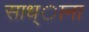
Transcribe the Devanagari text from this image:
साध्ाना